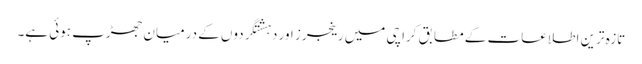
تازہ ترین اطلاعات کے مطابق کراچی میں رینجرز اور دہشتگردوں کے درمیان جھڑپ ہوئی ہے۔